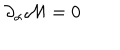
\partial _ { \alpha } { \cal M } = 0